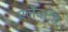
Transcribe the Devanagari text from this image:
एलेक्टेड